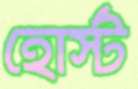
হোর্স্ট